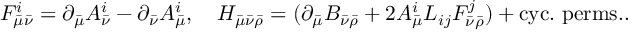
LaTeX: { \cal F } _ { \bar { \mu } \bar { \nu } } ^ { i } = \partial _ { \bar { \mu } } { \cal A } _ { \bar { \nu } } ^ { i } - \partial _ { \bar { \nu } } { \cal A } _ { \bar { \mu } } ^ { i } , \ \ \ H _ { \bar { \mu } \bar { \nu } \bar { \rho } } = ( \partial _ { \bar { \mu } } B _ { \bar { \nu } \bar { \rho } } + 2 { \cal A } _ { \bar { \mu } } ^ { i } L _ { i j } { \cal F } _ { \bar { \nu } \bar { \rho } } ^ { j } ) + \mathrm { c y c . \ p e r m s . } .